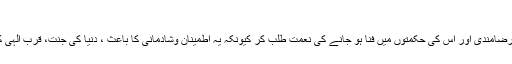
مجلس 49)
* اللہ تعالیٰ سے اس کی تقدیرپر رضامندی اور اس کی حکمتوں میں فنا ہو جانے کی نعمت طلب کر کیونکہ یہ اطمینان وشادمانی کا باعث ، دنیا کی جنت، قربِ الٰہی کا دروازہ اور محبت کا سبب ہے۔